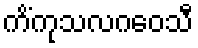
ကိံကုသလဂဝေသီ